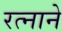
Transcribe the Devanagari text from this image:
रत्नाने